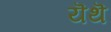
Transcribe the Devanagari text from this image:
यॆथॆ